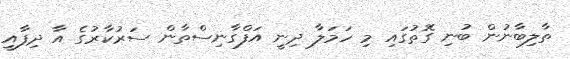
ތާލިބާނުން ބުނި ގޮތުގައި މި ހަމަލާ ދިނީ އަފްގާނިސްތާން ސަރުކާރުގެ އާ ދިފާއީ